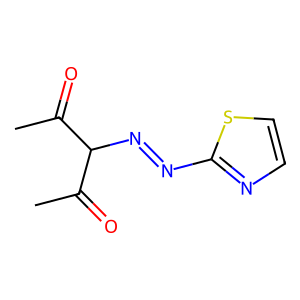
SMILES: CC(=O)C(N=Nc1nccs1)C(C)=O
Inhibits HIV replication: No